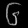
Digit: ၆